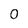
Character: 0